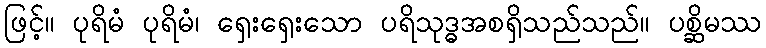
ဖြင့်။ ပုရိမံ ပုရိမံ၊ ရှေးရှေးသော ပရိသုဒ္ဓအစရှိသည်သည်။ ပစ္ဆိမဿ